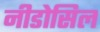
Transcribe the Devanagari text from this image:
नीडोसिल